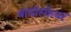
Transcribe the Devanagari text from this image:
बायोस्फेयर